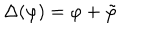
\Delta ( \varphi ) = \varphi + \tilde { \varphi }